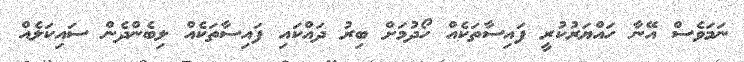
ނަމަވެސް އޭނާ ހައްޔަރުކުރީ ފައިސާތަކެއް ހޯދުމަށް ބިރު ދައްކައި ފައިސާތަކެއް ލިބެންދެން ސައިކަލެއް